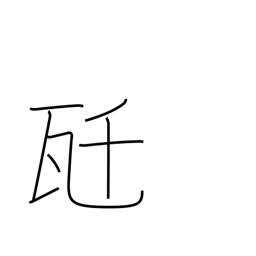
Meaning: kilogram